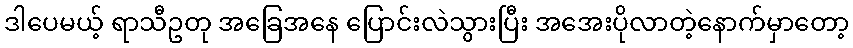
ဒါပေမယ့် ရာသီဥတု အခြေအနေ ပြောင်းလဲသွားပြီး အအေးပိုလာတဲ့နောက်မှာတော့